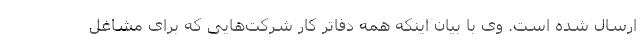
ارسال شده است. وی با بیان اینکه همه دفاتر کار شرکت‌هایی که برای مشاغل